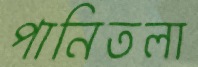
পানিতলা